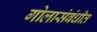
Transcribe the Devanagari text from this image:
गोलासंबंधीत